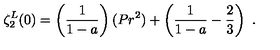
\zeta _ { 2 } ^ { L } ( 0 ) = \left( \frac { 1 } { 1 - a } \right) ( P r ^ { 2 } ) + \left( \frac { 1 } { 1 - a } - \frac { 2 } { 3 } \right) \ .